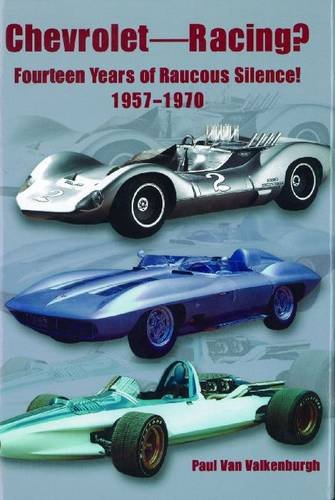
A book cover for Chevrolet Racing: 14 Years of Raucous Silence! 1957-1970; Paul Van Valkenburgh; Sports & Outdoors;